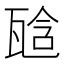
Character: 𤭙